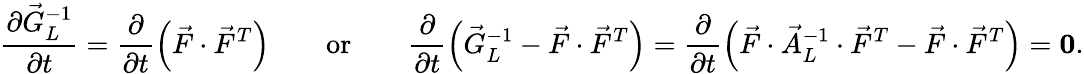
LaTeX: \frac{\partial\vec{G}_{L}^{-1}}{\partial t}=\frac{\partial}{\partial t}\left(\vec{F}\cdot\vec{F}^{T}\right)\qquad\mathrm{or}\qquad\frac{\partial}{\partial t}\left(\vec{G}_{L}^{-1}-\vec{F}\cdot\vec{F}^{T}\right)=\frac{\partial}{\partial t}\left(\vec{F}\cdot\vec{A}_{L}^{-1}\cdot\vec{F}^{T}-\vec{F}\cdot\vec{F}^{T}\right)=\boldsymbol{0}.